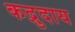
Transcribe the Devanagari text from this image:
कद्रुदाय